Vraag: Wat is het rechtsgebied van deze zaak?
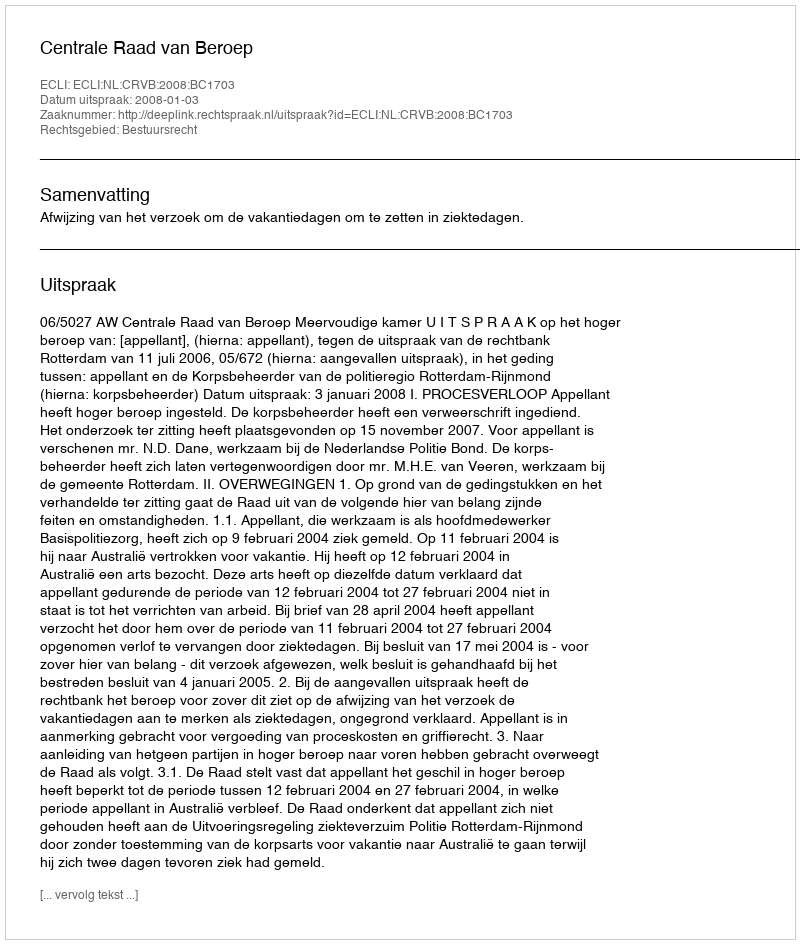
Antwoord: Bestuursrecht